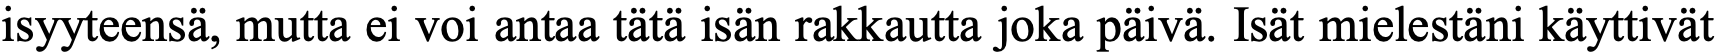
isyyteensä, mutta ei voi antaa tätä isän rakkautta joka päivä. Isät mielestäni käyttivät